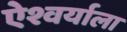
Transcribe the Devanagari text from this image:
ऐश्वर्याला